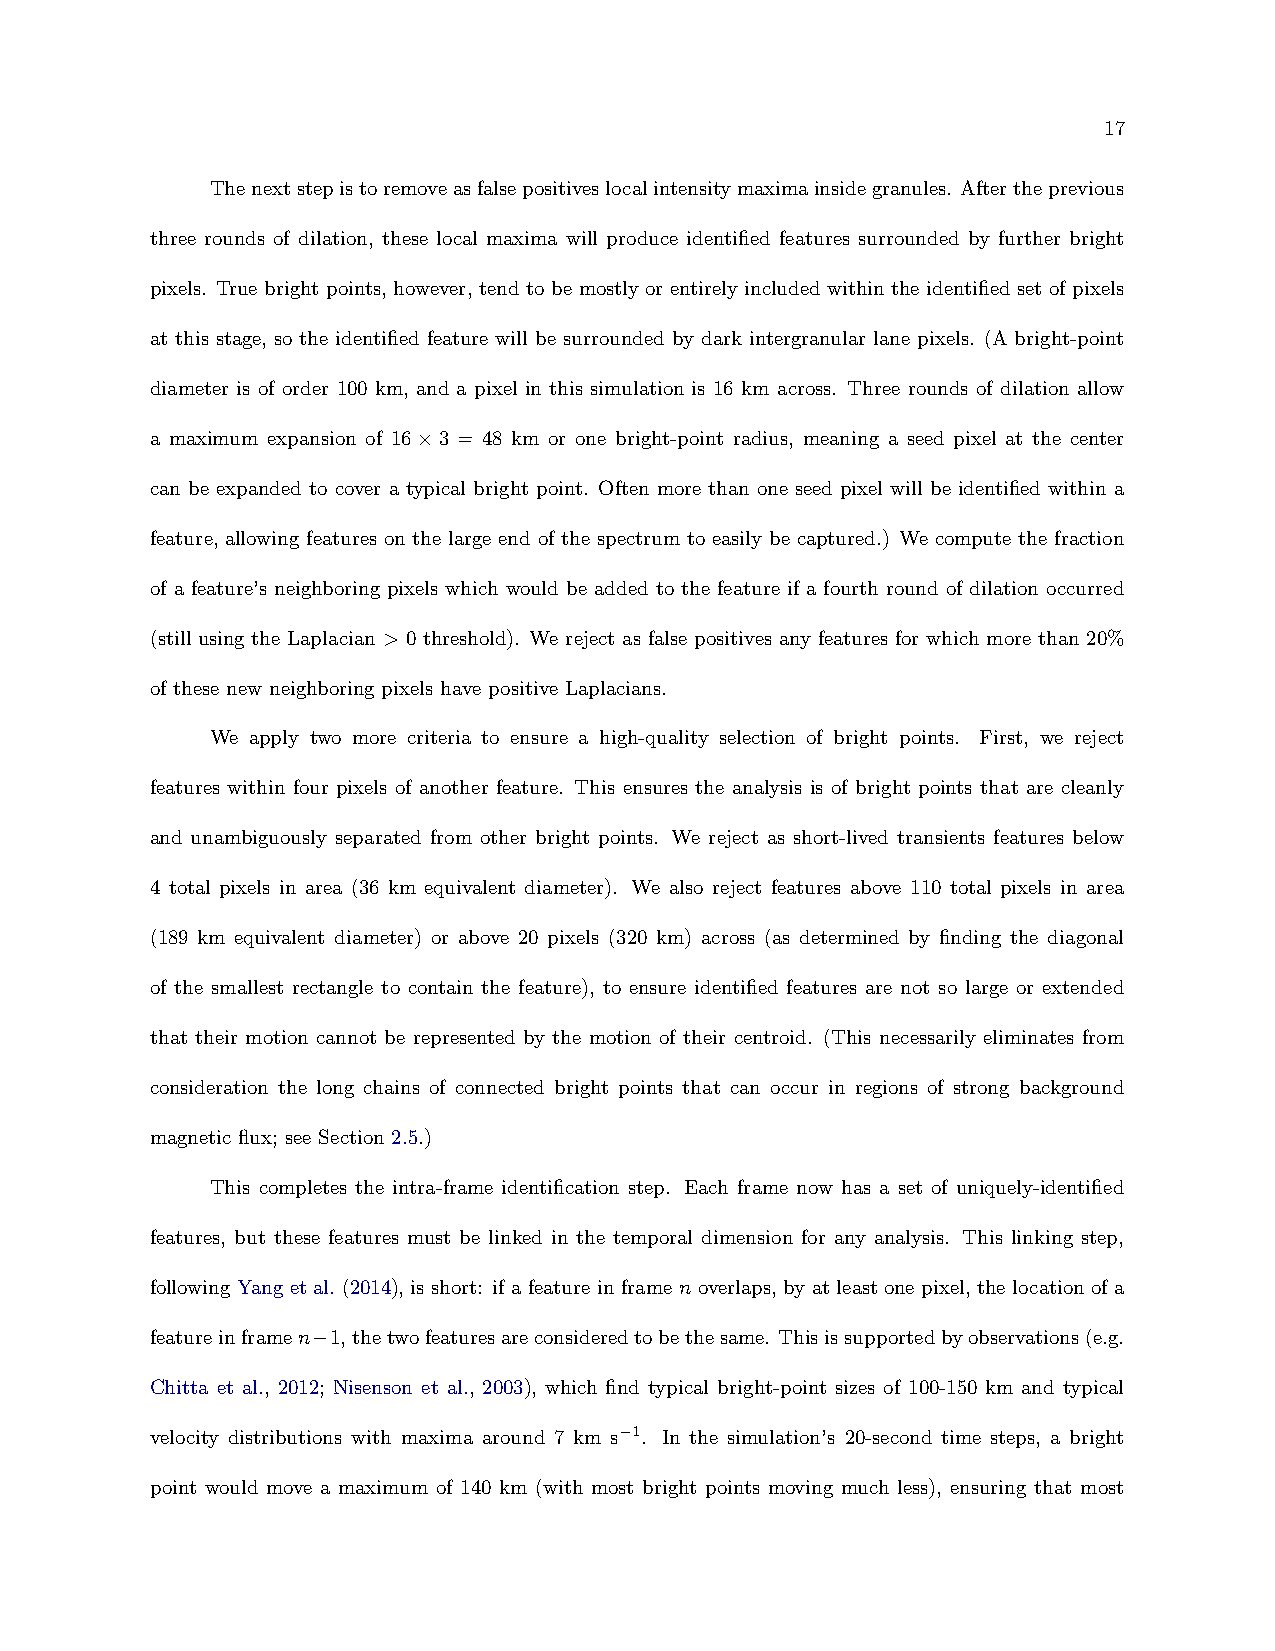
17
 Thenextstepistoremoveasfalsepositiveslocalintensitymaximainsidegranules. Aftertheprevious
 three rounds of dilation, these local maxima will produce identified features surrounded by further bright
 pixels. True bright points, however, tend to be mostly or entirely included within the identified set of pixels
 at this stage, so the identified feature will be surrounded by dark intergranular lane pixels. (A bright-point
 diameter is of order 100 km, and a pixel in this simulation is 16 km across. Three rounds of dilation allow
 a maximum expansion of 16×3 = 48 km or one bright-point radius, meaning a seed pixel at the center
 can be expanded to cover a typical bright point. Often more than one seed pixel will be identified within a
 feature, allowing features on the large end of the spectrum to easily be captured.) We compute the fraction
 of a feature’s neighboring pixels which would be added to the feature if a fourth round of dilation occurred
 (still using the Laplacian > 0 threshold). We reject as false positives any features for which more than 20%
 of these new neighboring pixels have positive Laplacians.
 We apply two more criteria to ensure a high-quality selection of bright points. First, we reject
 features within four pixels of another feature. This ensures the analysis is of bright points that are cleanly
 and unambiguously separated from other bright points. We reject as short-lived transients features below
 4 total pixels in area (36 km equivalent diameter). We also reject features above 110 total pixels in area
 (189 km equivalent diameter) or above 20 pixels (320 km) across (as determined by finding the diagonal
 of the smallest rectangle to contain the feature), to ensure identified features are not so large or extended
 that their motion cannot be represented by the motion of their centroid. (This necessarily eliminates from
 consideration the long chains of connected bright points that can occur in regions of strong background
 magnetic flux; see Section 2.5.)
 This completes the intra-frame identification step. Each frame now has a set of uniquely-identified
 features, but these features must be linked in the temporal dimension for any analysis. This linking step,
 following Yang et al. (2014), is short: if a feature in frame n overlaps, by at least one pixel, the location of a
 featureinframen−1,thetwofeaturesareconsideredtobethesame. Thisissupportedbyobservations(e.g.
 Chitta et al., 2012; Nisenson et al., 2003), which find typical bright-point sizes of 100-150 km and typical
 velocity distributions with maxima around 7 km s−1. In the simulation’s 20-second time steps, a bright
 point would move a maximum of 140 km (with most bright points moving much less), ensuring that most